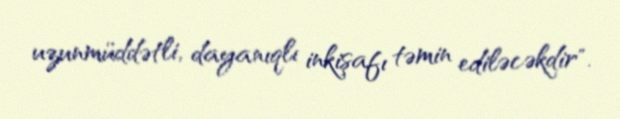
uzunmüddətli, dayanıqlı inkişafı təmin ediləcəkdir".